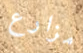
مزارع